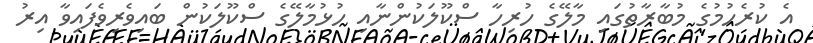
އެ ކުރެހުމުގެ މުބާރާތުގައި މާލޭގެ ހުރިހާ ސްކޫލަކުންނާއި ހުޅުމާލޭގެ ސްކޫލަކުން ބައިވެރިވެފައިވާ އިރު